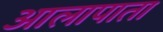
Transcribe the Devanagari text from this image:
आलापाता